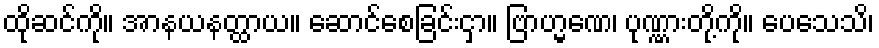
ထိုဆင်ကို။ အာနယနတ္ထာယ။ ဆောင်စေခြင်းငှာ။ ဗြာဟ္မဏေ၊ ပုဏ္ဏားတို့ကို။ ပေသေသိ၊